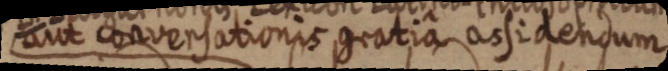
aut conversationis gratia assidendum